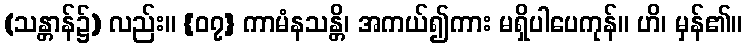
(သန္တာန်၌) လည်း။ {၀၇} ကာမံနသန္တိ၊ အကယ်၍ကား မရှိပါပေကုန်။ ဟိ၊ မှန်၏။